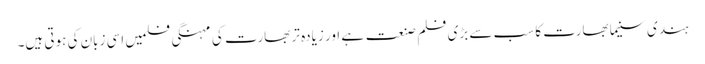
ہندی سنیما بھارت کا سب سے بڑی فلم صنعت ہے اور زیادہ تر بھارت کی مہنگی فلمیں اسی زبان کی ہوتی ہیں۔